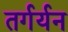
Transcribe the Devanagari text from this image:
तर्गर्यन